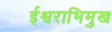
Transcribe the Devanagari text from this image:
ईश्वराभिमुख